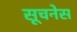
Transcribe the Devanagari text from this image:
सूचनेस